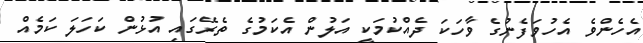
އެހެންވެ އެހުވަފެނުގެ ވާހަކަ ދެއްކުމަކީ އަލުން އެކަމުގެ ތެރޭގައި އުޅުން ކަހަލަ ކަމެއް